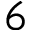
6